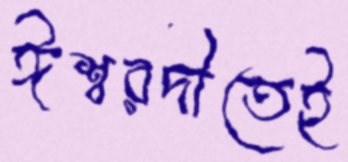
ঈশ্বরদীতেই